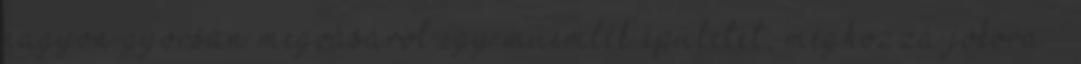
nagyon gyorsan megvásárol egy műemlék épületet, méghozzá jókora –